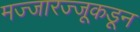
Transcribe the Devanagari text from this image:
मज्जारज्जूकडून